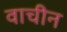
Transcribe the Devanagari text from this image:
वाचीन